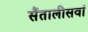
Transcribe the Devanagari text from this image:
सैंतालीसवां